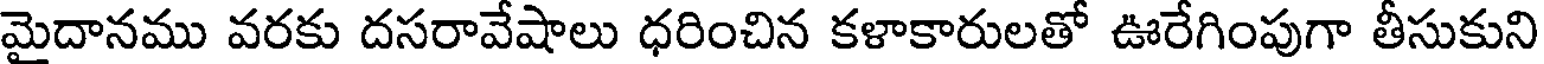
మైదానము వరకు దసరావేషాలు ధరించిన కళాకారులతో ఊరేగింపుగా తీసుకుని